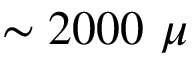
\sim 2 0 0 0 \ \mu